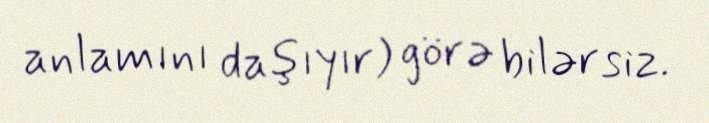
anlamını daşıyır) görə bilərsiz.